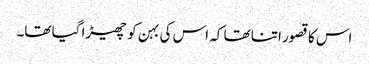
اس کا قصور اتنا تھا کہ اس کی بہن کو چھیڑا گیا تھا۔